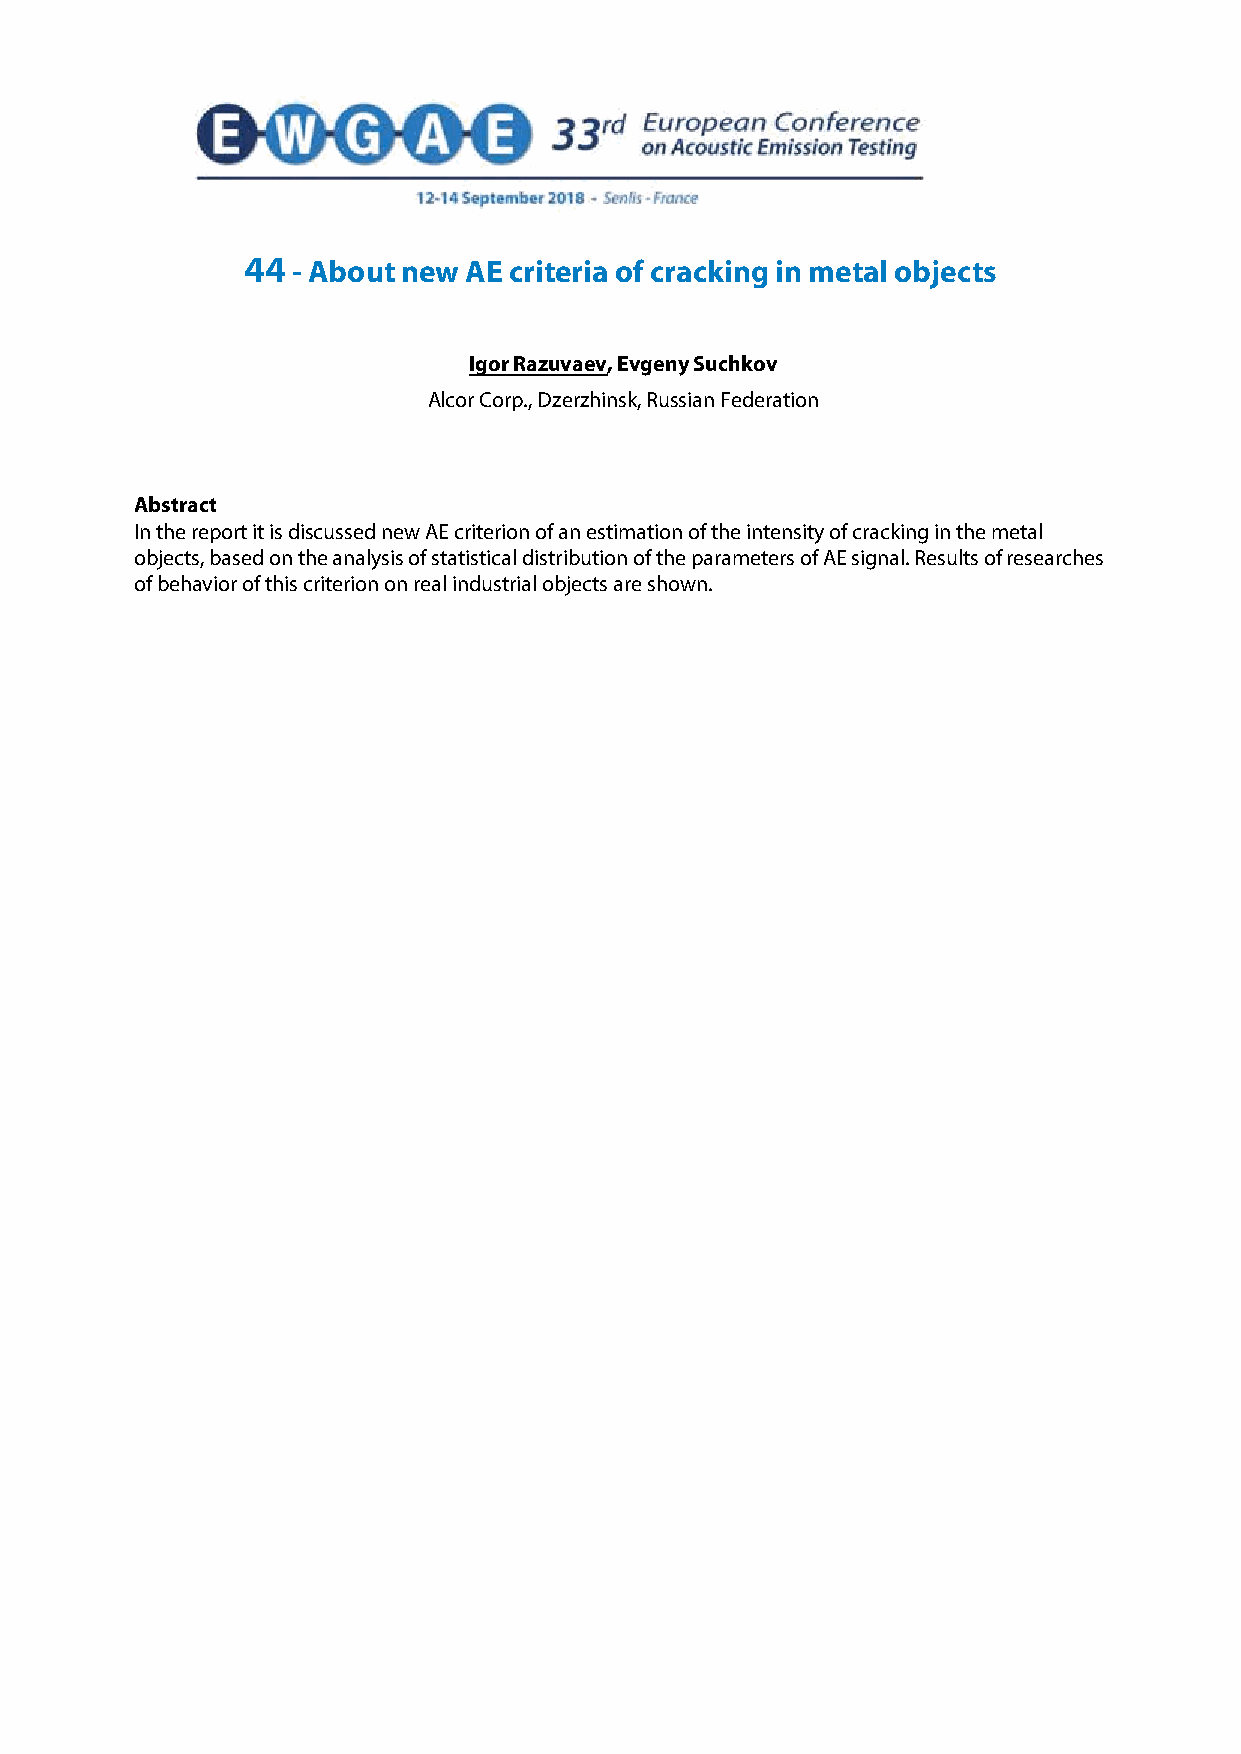
44 - About new AE criteria of cracking in metal objects
 Igor Razuvaev, Evgeny Suchkov
 Alcor Corp., Dzerzhinsk, Russian Federation
 Abstract
 In the report it is discussed new AE criterion of an estimation of the intensity of cracking in the metal
 objects, based on the analysis of statistical distribution of the parameters of AE signal. Results of researches
 of behavior of this criterion on real industrial objects are shown.